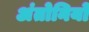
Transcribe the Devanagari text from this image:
अंतोनियों